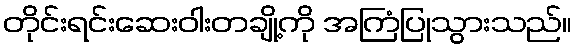
တိုင်းရင်းဆေးဝါးတချို့ကို အကြံပြုသွားသည်။